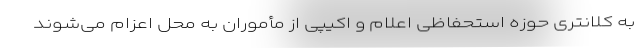
به کلانتری حوزه استحفاظی اعلام و اکیپی از مأموران به محل اعزام می‌شوند